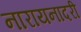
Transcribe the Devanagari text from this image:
नारायनादरी